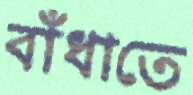
বাঁধাতে